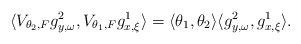
\begin{align*} \langle V_{\theta_2,F}g^2_{y,\omega},V_{\theta_1,F}g^1_{x,\xi} \rangle = \langle \theta_1, \theta_2 \rangle \langle g^2_{y,\omega},g^1_{x,\xi} \rangle. \end{align*}